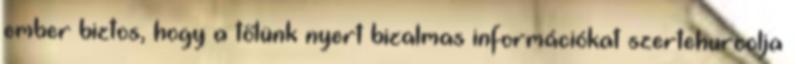
ember biztos, hogy a tőlünk nyert bizalmas információkat szertehurcolja